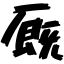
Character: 厩